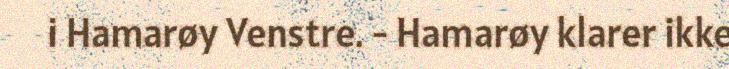
i Hamarøy Venstre. - Hamarøy klarer ikke